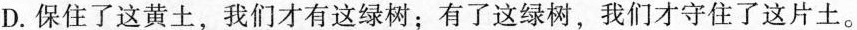
D.保住了这黄土，我们才有这绿树；有了这绿树，我们才守住了这片土。